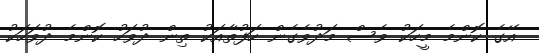
އޭގެ ކޮންމެ މީހަކު ވެސް މަދުވެގެން ހަފުތާއަކު ތިން ދުވަހު ކޮންމެ ދުވަހަކު